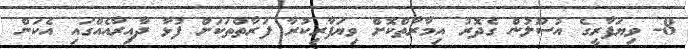
8- ވިޔަފާރީގެ އުސޫލުން ގެދޮރު އިމާރާތްކޮށް ވިޔަފާރިކުރާ ފަރާތްތަކަށް ފުޅާ ދާއިރާއެއްގައި އެކަން